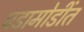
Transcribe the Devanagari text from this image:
घडामोडींत